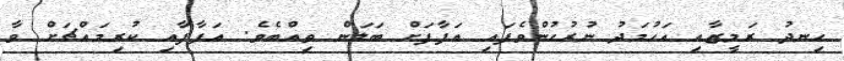
ހިނދު ރަމީޒާއި އަހުމަދު ނުރުހުންވެފައި އަފާފަށް ބަލަން ތިއްބެވެ. އަފާފާއި ކުރިމައްޗަށް ވާ